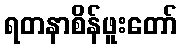
ရတနာစိန်ဖူးတော်